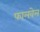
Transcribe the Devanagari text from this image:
फालवेल